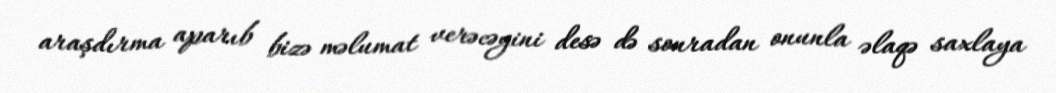
araşdırma aparıb bizə məlumat verəcəyini desə də sonradan onunla əlaqə saxlaya